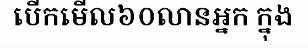
បើកមើល៦០លានអ្នក ក្នុង